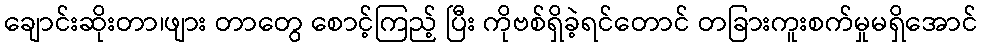
ချောင်းဆိုးတာ၊ဖျား တာတွေ စောင့်ကြည့် ပြီး ကိုဗစ်ရှိခဲ့ရင်တောင် တခြားကူးစက်မှုမရှိအောင်